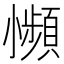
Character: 𫵍